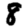
Digit: 8